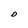
Character: D